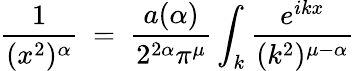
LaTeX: \frac{1}{(x^{2})^{\alpha}}~=~\frac{a(\alpha)}{2^{2\alpha}\pi^{\mu}}\int_{k}\frac{e^{ikx}}{(k^{2})^{\mu-\alpha}}